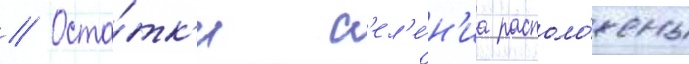
// Оста́тк'и с'ел'е́н'иа располо́жены